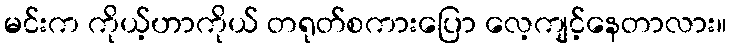
မင်းက ကိုယ့်ဟာကိုယ် တရုတ်စကားပြော လေ့ကျင့်နေတာလား။